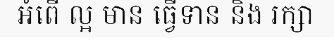
អំពើ ល្អ មាន ធ្វើទាន និង រក្សា